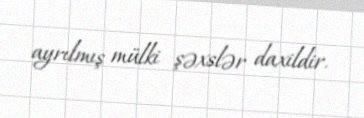
ayrılmış mülki şəxslər daxildir.